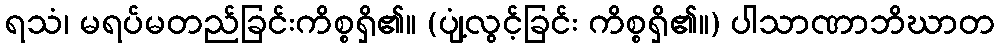
ရသံ၊ မရပ်မတည်ခြင်းကိစ္စရှိ၏။ (ပျံ့လွင့်ခြင်း ကိစ္စရှိ၏။) ပါသာဏာဘိဃာတ